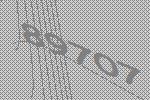
89707